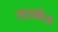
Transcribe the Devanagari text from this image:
साराकेंस